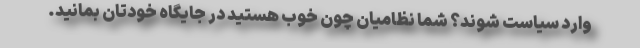
وارد سیاست شوند؟ شما نظامیان چون خوب هستید در جایگاه خودتان بمانید.